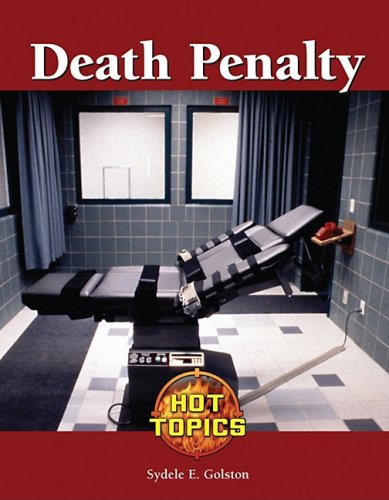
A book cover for Death Penalty (Hot Topics); Syd Golston; Teen & Young Adult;